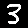
Digit: 3